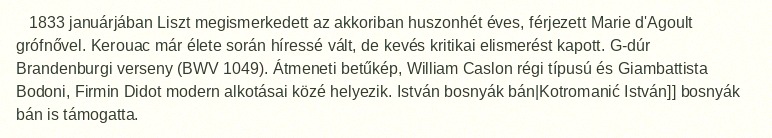
1833 januárjában Liszt megismerkedett az akkoriban huszonhét éves, férjezett Marie d'Agoult grófnővel. Kerouac már élete során híressé vált, de kevés kritikai elismerést kapott. G-dúr Brandenburgi verseny (BWV 1049). Átmeneti betűkép, William Caslon régi típusú és Giambattista Bodoni, Firmin Didot modern alkotásai közé helyezik. István bosnyák bán|Kotromanić István]] bosnyák bán is támogatta.